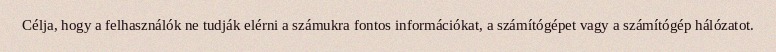
Célja, hogy a felhasználók ne tudják elérni a számukra fontos információkat, a számítógépet vagy a számítógép hálózatot.